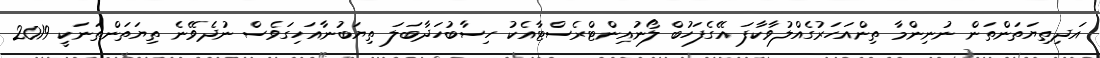
އަދިތިޔަތަންތަން ނުނިންމާ ތިންއަހަރުގެއްލުވާކާފަ އޭގެފަހުބް ލޯނުއިންޓްރެސްޓާއެކު ހިސާބުހަދާބަލަ ތިޔަބުނާއަހިގަވެސް ނުދެވޭނެ ތިޔަތަންތަނަކީ 2019